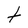
Character: t